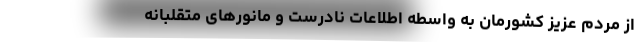
از مردم عزیز کشورمان به واسطه اطلاعات نادرست و مانورهای متقلبانه